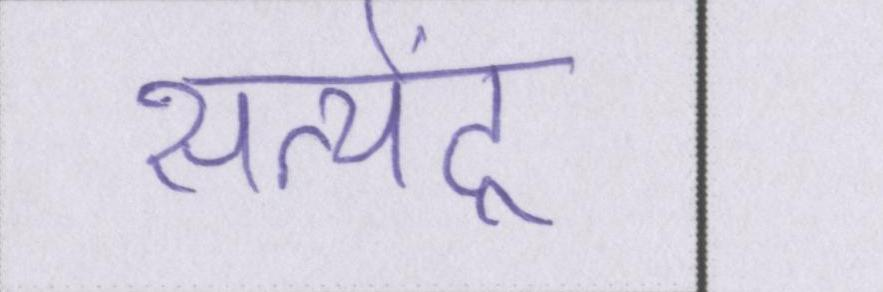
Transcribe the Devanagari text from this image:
सत्येंद्र